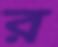
র